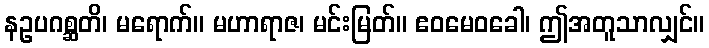
နဥပဂစ္ဆတိ၊ မရောက်။ မဟာရာဇ၊ မင်းမြတ်။ ဧဝမေဝခေါ၊ ဤအတူသာလျှင်။